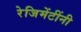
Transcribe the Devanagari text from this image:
रेजिमेंटींनी